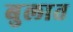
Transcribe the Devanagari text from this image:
बुलात